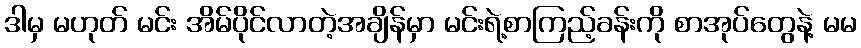
ဒါမှ မဟုတ် မင်း အိမ်ပိုင်လာတဲ့အချိန်မှာ မင်းရဲ့စာကြည့်ခန်းကို စာအုပ်တွေနဲ့ မမ